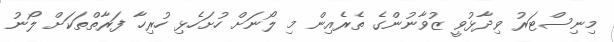
މިނިސްޓަރު ވިދާޅުވީ ޒުވާނުންގެ ތެރެއިން މި ލޯނަށް ހުށަހެޅި ހުރިހާ ފަރާތްތަކަށް ލޯނު